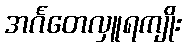
အင်္ဂတေလှူရကျိုး